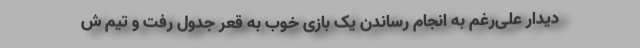
دیدار علی‌رغم به انجام رساندن یک بازی خوب به قعر جدول رفت و تیم ش